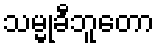
သမ္မုခီဘူတော